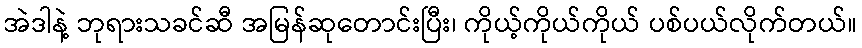
အဲဒါနဲ့ ဘုရားသခင်ဆီ အမြန်ဆုတောင်းပြီး၊ ကိုယ့်ကိုယ်ကိုယ် ပစ်ပယ်လိုက်တယ်။